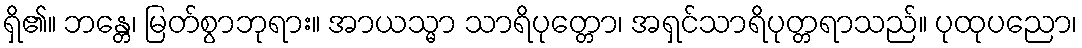
ရှိ၏။ ဘန္တေ၊ မြတ်စွာဘုရား။ အာယသ္မာ သာရိပုတ္တော၊ အရှင်သာရိပုတ္တရာသည်။ ပုထုပညော၊